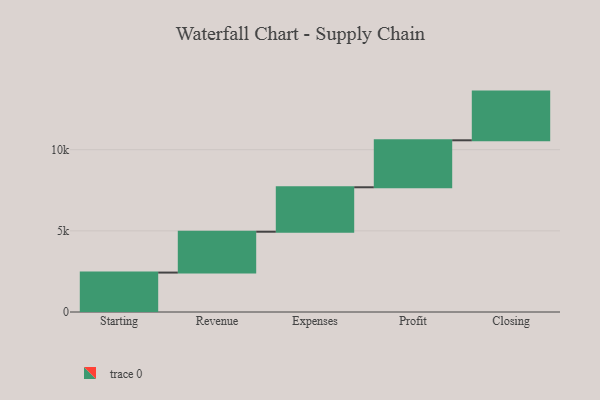
{"axis": {"x": "Step", "y": "Value"}, "legend": [""], "data": [{"x": "Starting", "y": 2429.0, "type": ""}, {"x": "Revenue", "y": 2517.0, "type": ""}, {"x": "Expenses", "y": 2739.0, "type": ""}, {"x": "Profit", "y": 2894.0, "type": ""}, {"x": "Closing", "y": 3000, "type": ""}]}